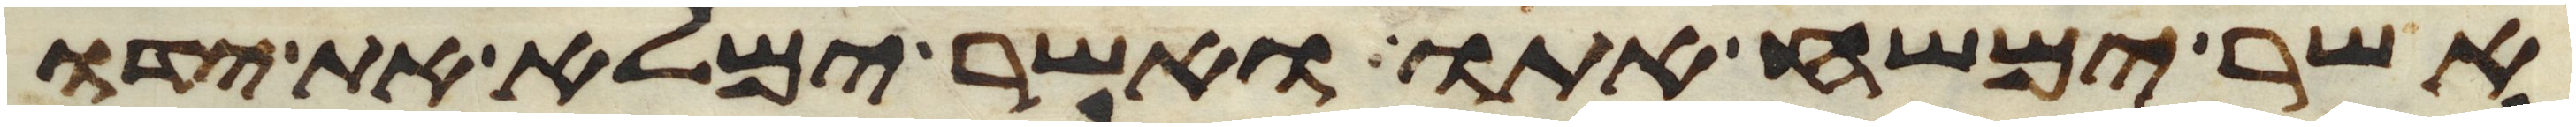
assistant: אשר ימשח אתו ואשר ימלא את ידו